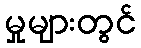
မှုများတွင်